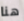
هنا